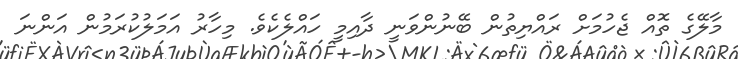
މާލޭގެ ތޮއް ޖެހުމަށް ރައްޔިތުން ބޭނުންވަނީ ދާއިމީ ހައްލެކެވެ. މިހާރު އަމަލުކުރަމުން އަންނަ